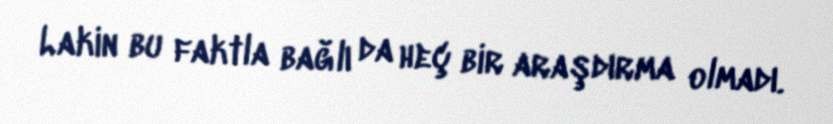
Lakin bu faktla bağlı da heç bir araşdırma olmadı.